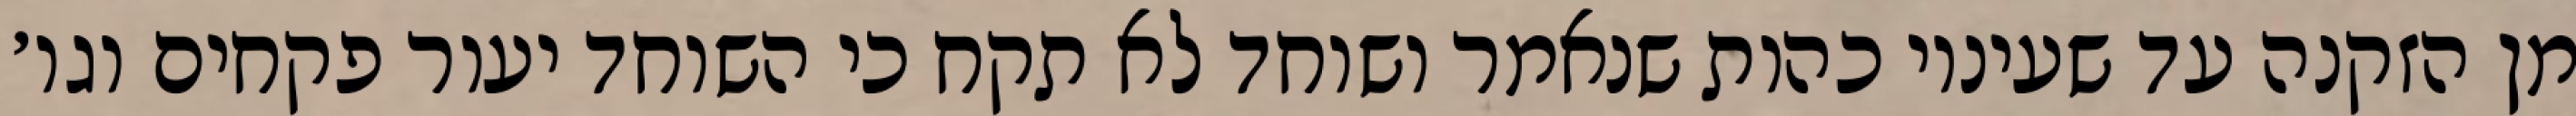
מן הזקנה עד שעיניו כהות שנאמר ושוחד לא תקח כי השוחד יעור פקחים וגו׳